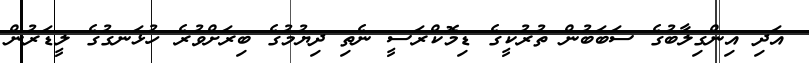
އަދި އިންގިލާބުގެ ސަބަބުން ތުރުކީގެ ޑިމޮކްރަސީ ނެތި ދިޔުމުގެ ބިރަށްވުރެ ހުޅަނގުގެ ލީޑަރުން